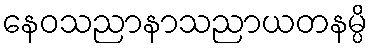
နေဝသညာနာသညာယတနမ္ပိ